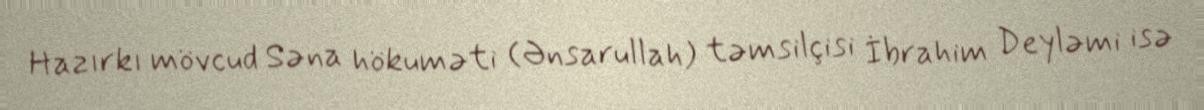
Hazırkı mövcud Səna hökuməti (Ənsarullah) təmsilçisi İbrahim Deyləmi isə